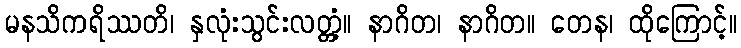
မနသိကရိဿတိ၊ နှလုံးသွင်းလတ္တံ့။ နာဂိတ၊ နာဂိတ။ တေန၊ ထိုကြောင့်။